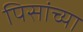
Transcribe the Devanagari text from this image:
पिसांच्या